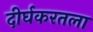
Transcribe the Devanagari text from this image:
दीर्घकरतला